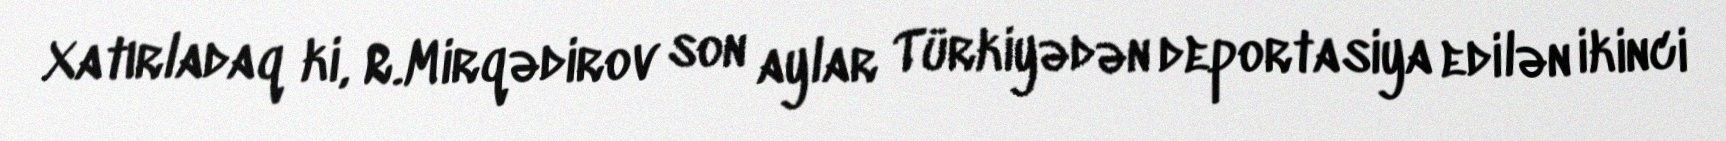
Xatırladaq ki, R.Mirqədirov son aylar Türkiyədən deportasiya edilən ikinci